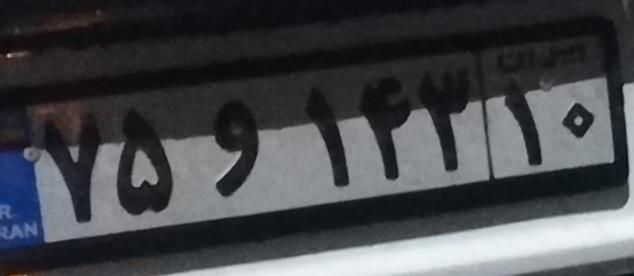
۷۵و۱۴۳۱۰